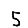
Digit: 5